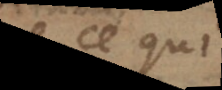
que ce qui